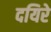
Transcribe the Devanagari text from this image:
दयिरे